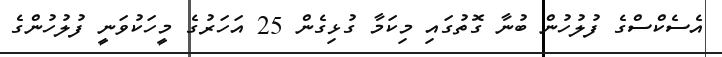
އެސެކްސްގެ ފުލުހުން ބުނާ ގޮތުގައި މިކަމާ ގުޅިގެން 25 އަހަރުގެ މީހަކުވަނީ ފުލުހުންގެ